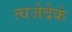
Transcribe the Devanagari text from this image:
त्यजेदेकं